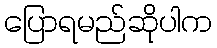
ပြောရမည်ဆိုပါက